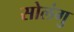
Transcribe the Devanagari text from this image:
सोलंगु